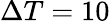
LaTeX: \Delta T=10